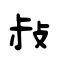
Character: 敊